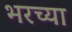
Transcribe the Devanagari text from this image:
भरच्या